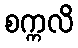
စက္ကလိ